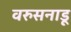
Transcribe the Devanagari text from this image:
वरुसनाडू